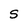
Character: S